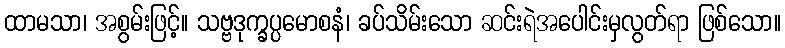
ထာမသာ၊ အစွမ်းဖြင့်။ သဗ္ဗဒုက္ခပ္ပမောစနံ၊ ခပ်သိမ်းသော ဆင်းရဲအပေါင်းမှလွတ်ရာ ဖြစ်သော။